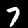
Digit: 7